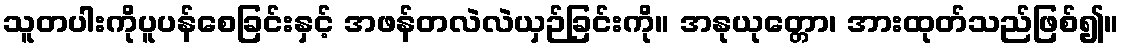
သူတပါးကိုပူပန်စေခြင်းနှင့် အဖန်တလဲလဲယှဉ်ခြင်းကို။ အနုယုတ္တော၊ အားထုတ်သည်ဖြစ်၍။